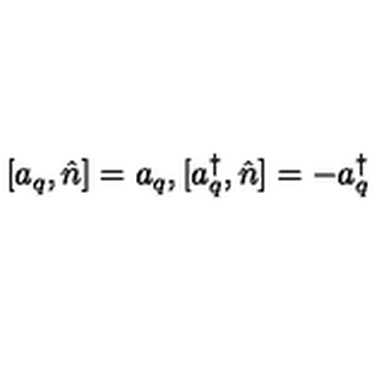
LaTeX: [ a _ { q } , \hat { n } ] = a _ { q } , [ a _ { q } ^ { \dag } , \hat { n } ] = - a _ { q } ^ { \dag }